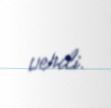
verdi.